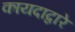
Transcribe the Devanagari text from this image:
कायदाद्वारे